Leprosy in India: report of the Leprosy Commission in India, 1890-91
Year: 1890
Disease focus: Leprosy
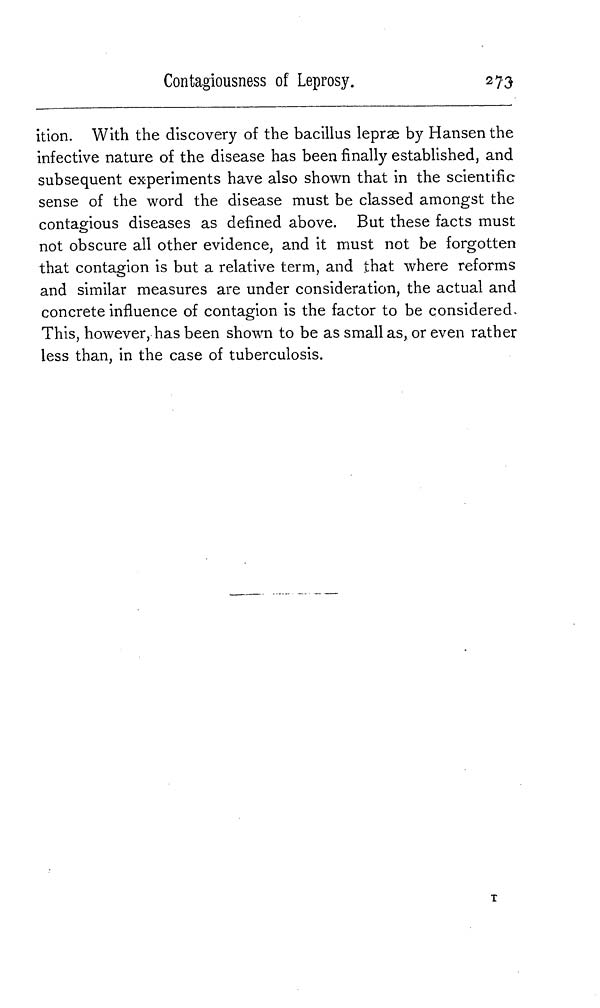
Contagiousness of Leprosy.
273
ition. With the discovery of the bacillus lepræ by Hansen the
infective nature of the disease has been finally established, and
subsequent experiments have also shown that in the scientific
sense of the word the disease must be classed amongst the
contagious diseases as defined above. But these facts must
not obscure all other evidence, and it must not be forgotten
that contagion is but a relative term, and that where reforms
and similar measures are under consideration, the actual and
concrete influence of contagion is the factor to be considered.
This, however, has been shown to be as small as, or even rather
less than, in the case of tuberculosis.